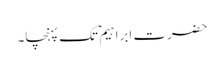
حضرت ابراہیم ؑ تک پہنچا۔